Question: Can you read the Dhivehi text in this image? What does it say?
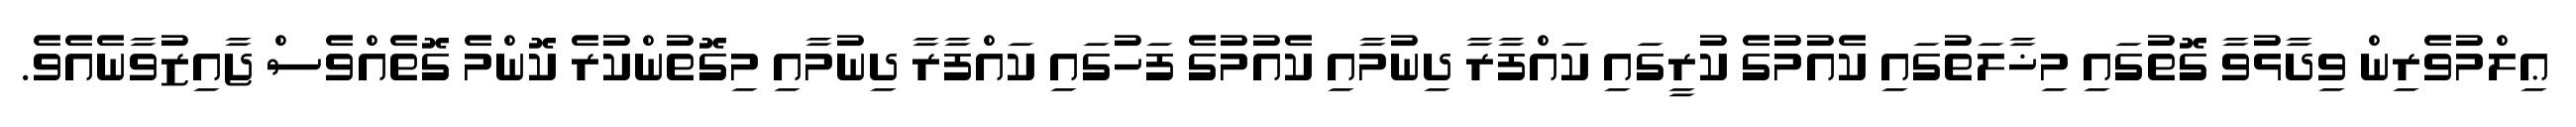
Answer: ޢިލްމުވެރިން ވިދާޅުވާ ގޮތުގައި މިޚާލަތުގައި ކެއުމުގެ ކުރީގައި ކައްފާރާ ދިނުމާއި ކެއުމުގެ ފަހުގައި ކައްފާރާ ދިނުމާއި މިގޮތުންކުރެ ކޮންމެ ގޮތެއްވެސް ޖާއިޒުވާނެއެވެ.